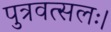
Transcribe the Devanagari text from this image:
पुत्रवत्सलः।